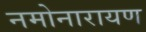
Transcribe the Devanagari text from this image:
नमोनारायण